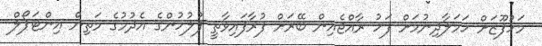
މަހުފޫޒަށް ހަމަލާދިނުމަށް ފަހު ރާއްޖެއިން ބޭރަށް ފުރާފައިވާތީ ފުލުުހުންގެ އެދުމުގެ މަތިން އިންޓަޕޯލް